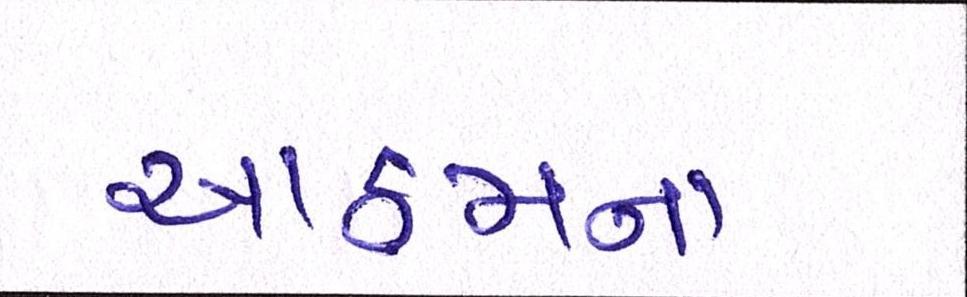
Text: આઠમના